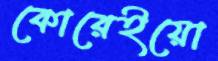
কোরেইয়ো